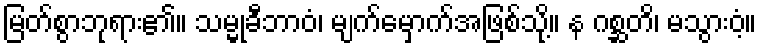
မြတ်စွာဘုရား၏။ သမ္မုခီဘာဝံ၊ မျက်မှောက်အဖြစ်သို့။ န ဂစ္ဆတိ၊ မသွားဝံ့။